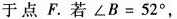
图22-27于点F。若$$∠ B = 5 2 °$$ ，